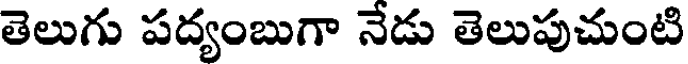
తెలుగు పద్యంబుగా నేడు తెలుపుచుంటి